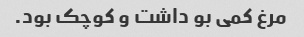
مرغ کمی بو داشت و کوچک بود.